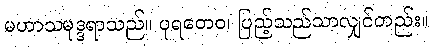
မဟာသမုဒ္ဒရာသည်။ ပုရတေဝ၊ ပြည့်သည်သာလျှင်တည်း။